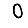
Digit: 0